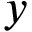
y